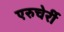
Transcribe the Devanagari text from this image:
एरुचेर्री